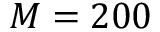
M = 2 0 0